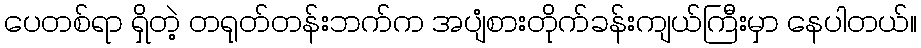
ပေတစ်ရာ ရှိတဲ့ တရုတ်တန်းဘက်က အပျံစားတိုက်ခန်းကျယ်ကြီးမှာ နေပါတယ်။